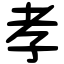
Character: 孝